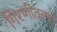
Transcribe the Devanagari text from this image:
गिरणीतल्या